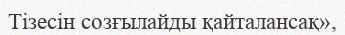
Тізесін созғылайды қайталансақ»,